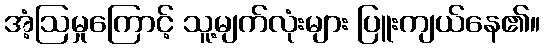
အံ့ဩမှုကြောင့် သူ့မျက်လုံးများ ပြူးကျယ်နေ၏။